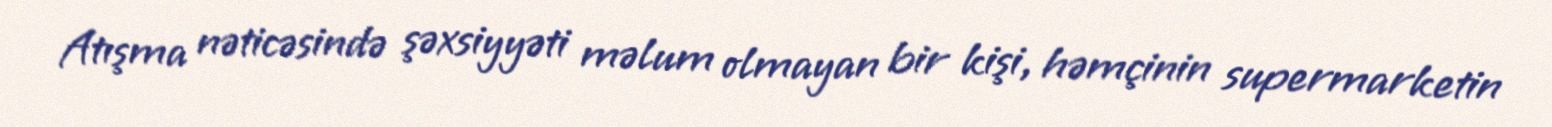
Atışma nəticəsində şəxsiyyəti məlum olmayan bir kişi, həmçinin supermarketin